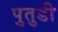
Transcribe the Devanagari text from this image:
पुतुडी